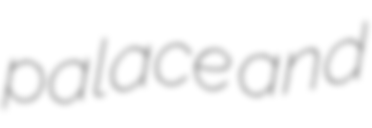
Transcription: palace and